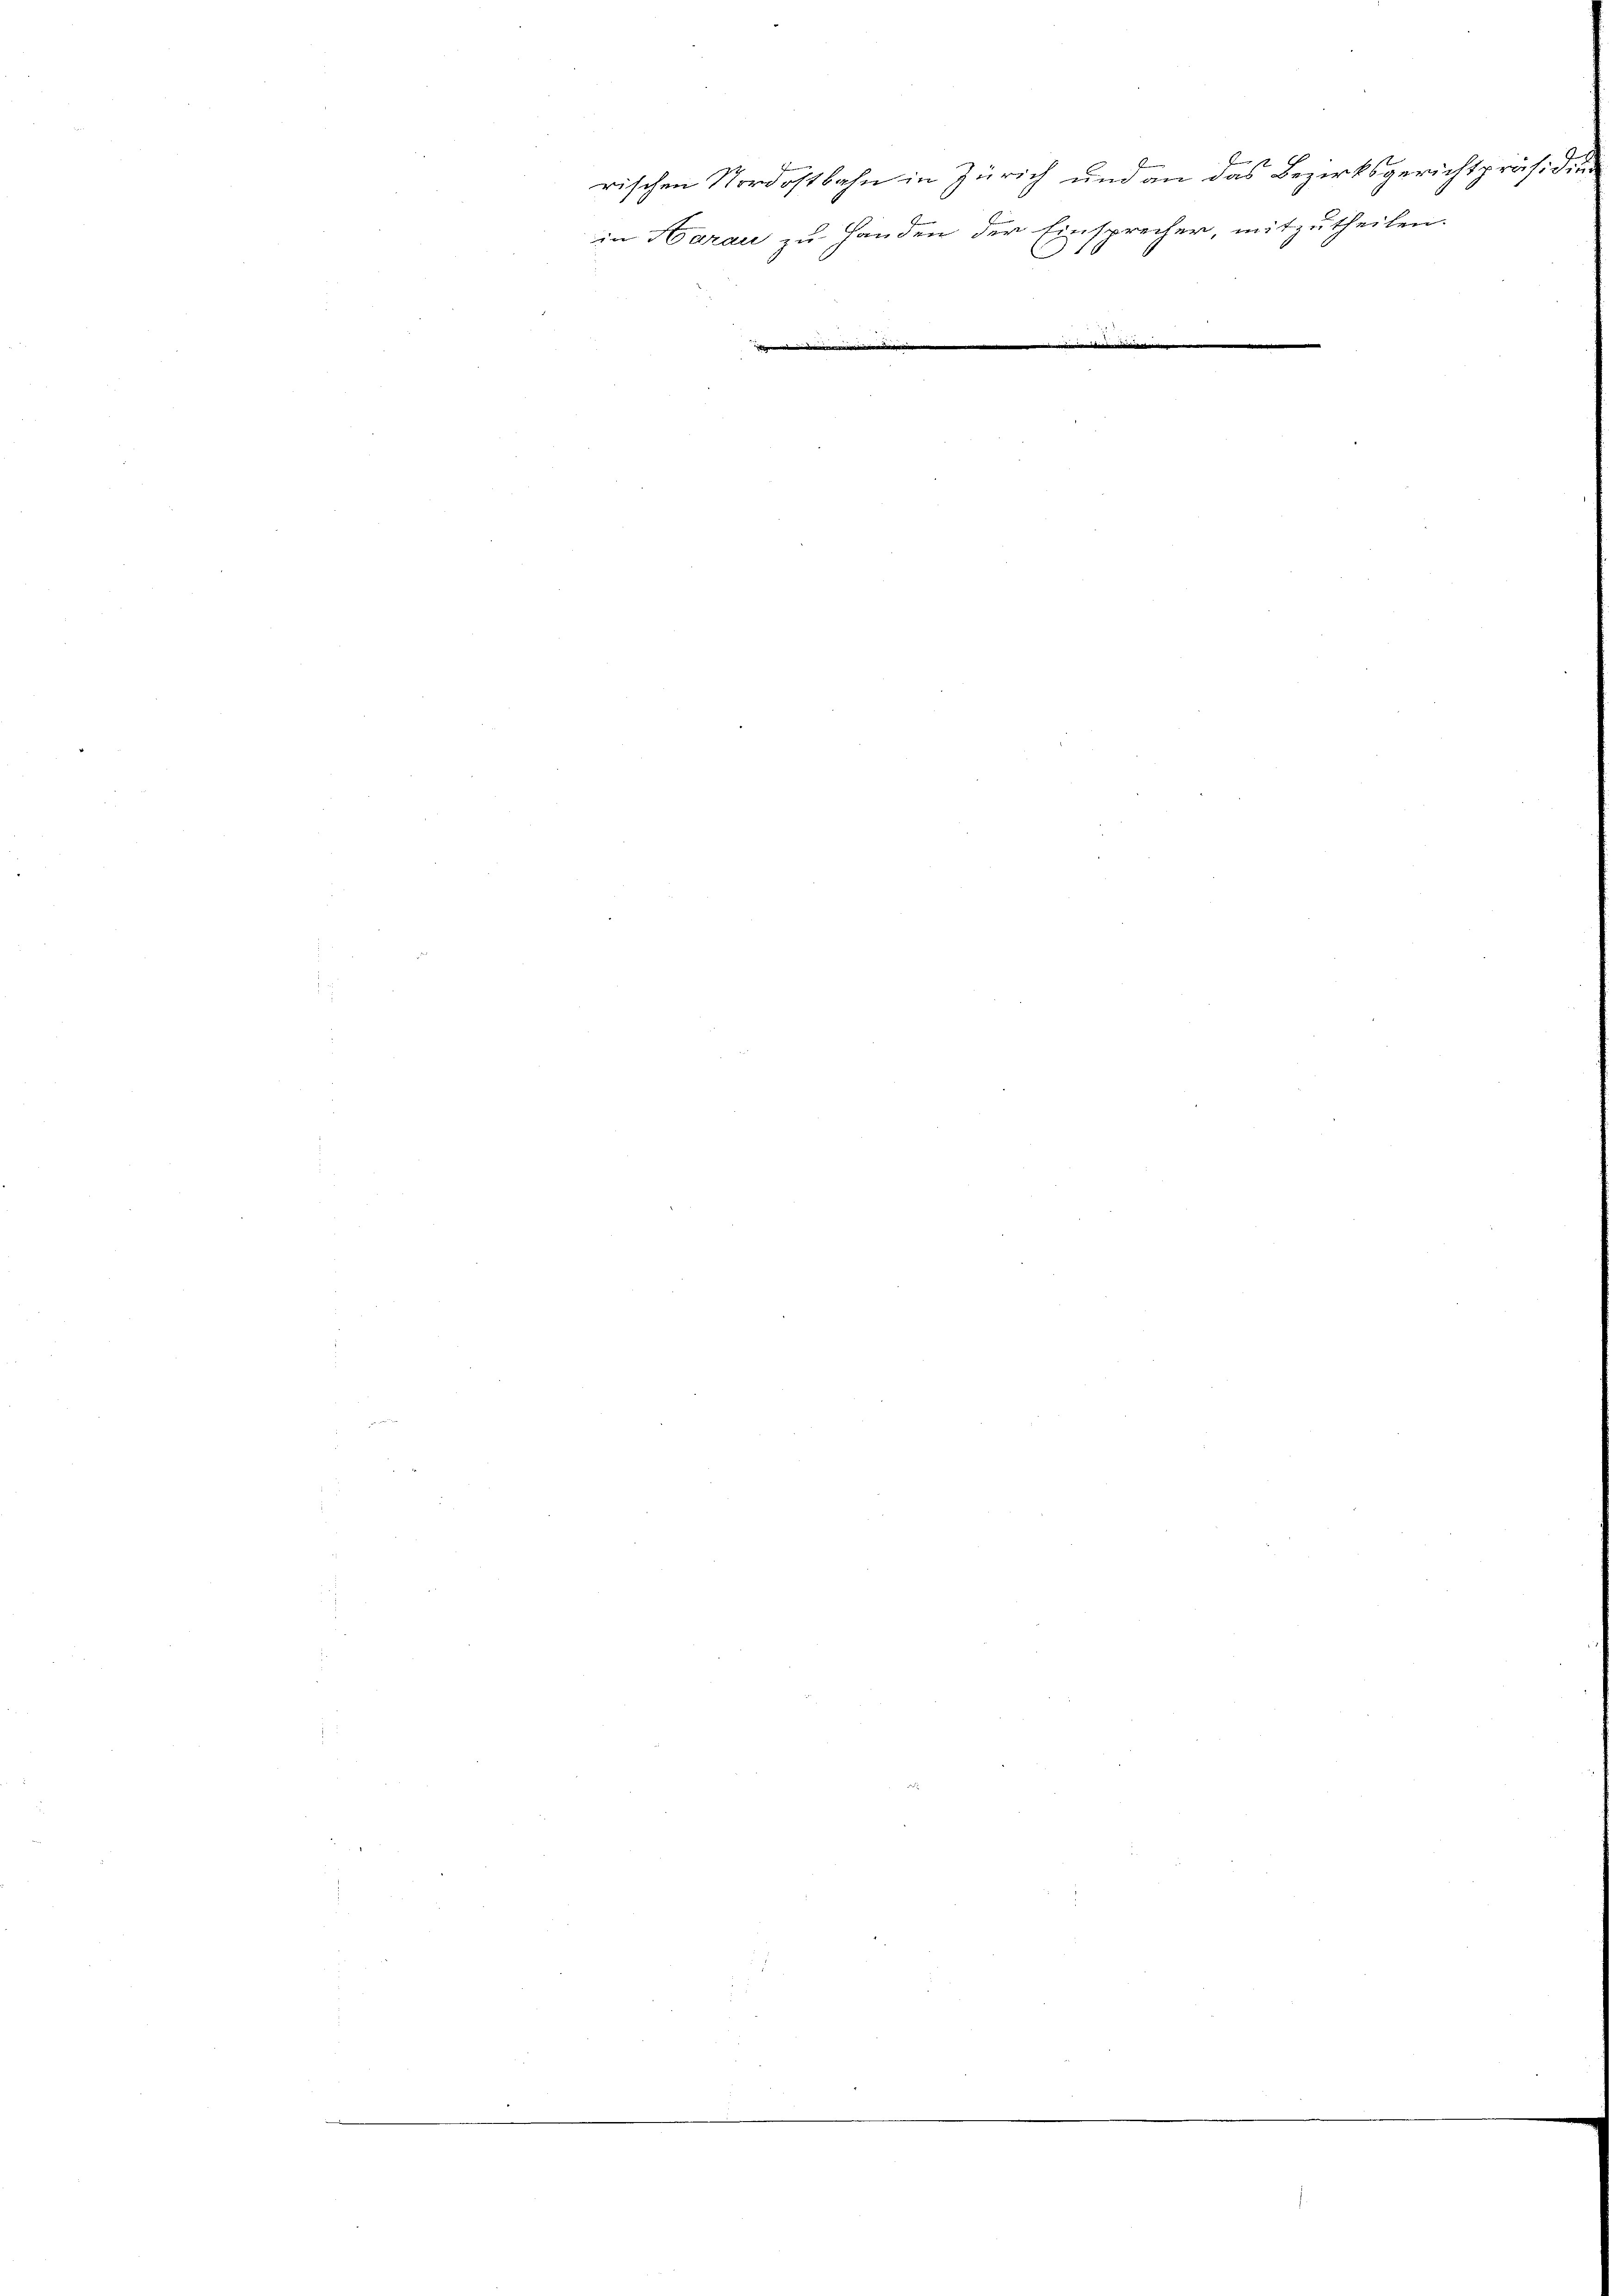
rischen Nordostbahn in Zürich und an das Bezirksgerichtpräsidie
J
in Harau zu Handen der Einsprecher, mitzutheilen.